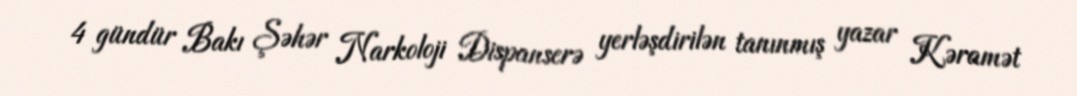
4 gündür Bakı Şəhər Narkoloji Dispanserə yerləşdirilən tanınmış yazar Kəramət